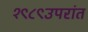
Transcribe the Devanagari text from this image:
१९८९उपरांत